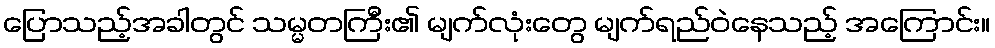
ပြောသည့်အခါတွင် သမ္မတကြီး၏ မျက်လုံးတွေ မျက်ရည်ဝဲနေသည့် အကြောင်း။